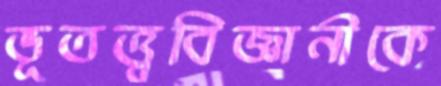
ভূতত্ত্ববিজ্ঞানীকে